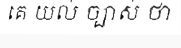
គេ យល់ ច្បាស់ ថា